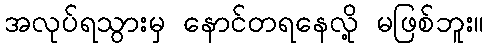
အလုပ်ရသွားမှ နောင်တရနေလို့ မဖြစ်ဘူး။